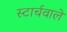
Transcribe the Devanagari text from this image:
स्टार्चवाले